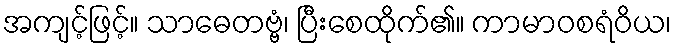
အကျင့်ဖြင့်။ သာဓေတဗ္ဗံ၊ ပြီးစေထိုက်၏။ ကာမာဝစရံဝိယ၊